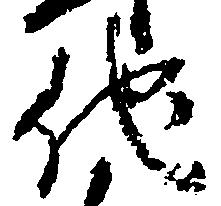
他